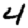
Digit: 4